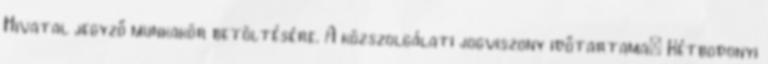
Hivatal jegyző munkakör betöltésére. A közszolgálati jogviszony időtartama: Kétbodonyi